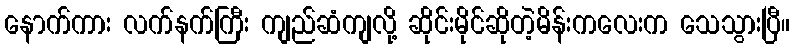
နောက်ကား လက်နက်ကြီး ကျည်ဆံကျလို့ ဆိုင်းမိုင်ဆိုတဲ့မိန်းကလေးက သေသွားပြီ။